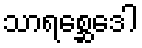
သာရစ္ဆေဒေါ